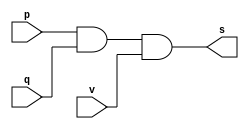
// ------------------------- 
//--Construir a tabela_verdade para a porta AND com 3 entradas. 
//--Obs.: Usar expresso na definio do mdulo.        
//----------------------------- 
// Exercicio08 - AND 
// Nome: Milton costa teles da silva

// ---------------------
// -- and gate
// ---------------------

module andgate (s, p , q , v );
 output s;
 input  p , q , v ;

 assign s = p & q & v;

endmodule // andgate

// ---------------------
// -- test and gate
// ---------------------

module testandgate;
  reg   a , b , c ;
  wire  s;
//---------- instancia
 andgate AND1 (s , a , b , c);
 
 //---------parte principal

 initial begin:start 
a=0; b=0; c=0;
end 


 initial begin:main 
      $display("Exercicio08 -  Milton teles da silva - 002751");
      $display("Test AND gate");
      $display("\na & b & c  = s\n");
  
 $monitor("%b %b %b = %b" ,  a , b , c , s);     
      #1 a=0; b=0; c=1;
      #1 a=0; b=1; c=0;
      #1 a=0; b=1; c=1;
		#1 a=1; b=0; c=0;
		#1 a=1; b=0; c=1;
		#1 a=1; b=1; c=0;
		#1 a=1; b=1; c=1;
 end
endmodule // testnorgate